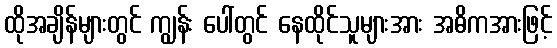
ထိုအချိန်များတွင် ကျွန်း ပေါ်တွင် နေထိုင်သူများအား အဓိကအားဖြင့်